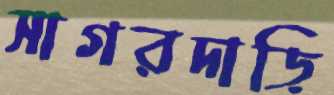
সাগরদাড়ি